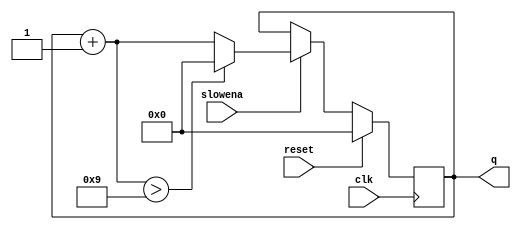
module top_module (
    input clk,
    input slowena,
    input reset,
    output [3:0] q);

    always @ (posedge clk) begin
        if (reset)
            q = 0;
        else
            begin
            	if (slowena)
                	begin
                		q = q + 1;
                        if (q>9)
                            q = 0;
                    end
            end
    end
                        
        	
endmodule